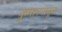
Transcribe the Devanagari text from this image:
कुमारपासून